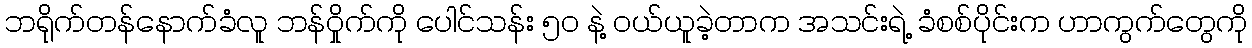
ဘရိုက်တန်နောက်ခံလူ ဘန်ဝှိုက်ကို ပေါင်သန်း ၅၀ နဲ့ ဝယ်ယူခဲ့တာက အသင်းရဲ့ ခံစစ်ပိုင်းက ဟာကွက်တွေကို